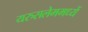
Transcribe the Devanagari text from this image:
यरुसलेममध्यें